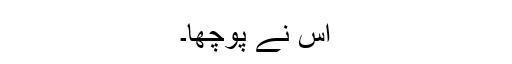
اُس نے پوچھا۔